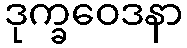
ဒုက္ခဝေဒနာ